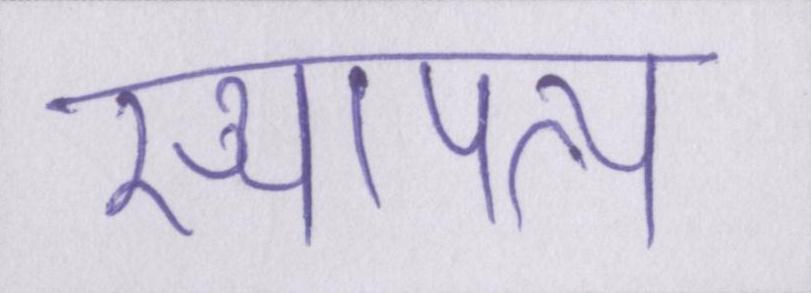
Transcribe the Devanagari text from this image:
स्थापत्य